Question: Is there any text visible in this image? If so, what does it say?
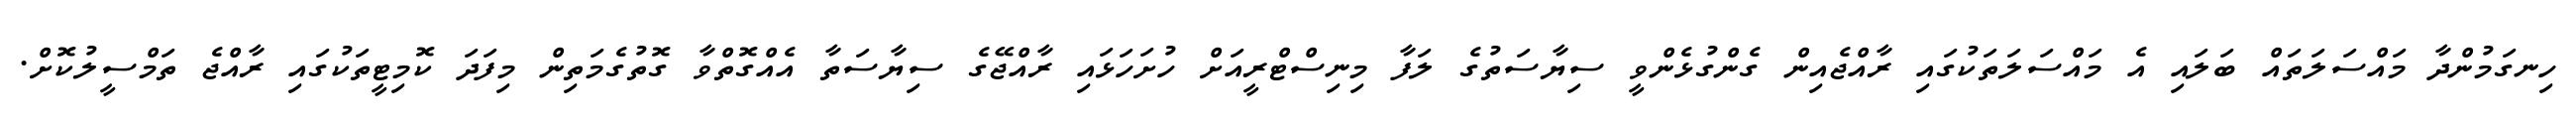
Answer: ހިނގަމުންދާ މައްސަލަތައް ބަލައި އެ މައްސަލަތަކުގައި ރާއްޖެއިން ގެންގުޅެންވީ ސިޔާސަތުގެ ލަފާ މިނިސްޓްރީއަށް ހުށަހަޅައި ރާއްޖޭގެ ސިޔާސަތާ އެއްގޮތްވާ ގޮތުގެމަތިން މިފަދަ ކޮމިޓީތަކުގައި ރާއްޖެ ތަމްސީލުކޮށް.